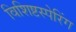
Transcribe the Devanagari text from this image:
विशिष्टस्पेरिंग